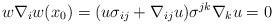
LaTeX: \begin{align*}w\nabla_iw(x_0)=(u\sigma_{ij}+\nabla_{ij}u)\sigma^{jk}\nabla_k u=0\end{align*}